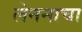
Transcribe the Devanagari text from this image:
लेननाचा